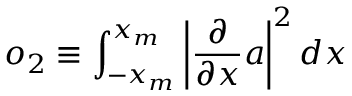
o _ { 2 } \equiv \int _ { - x _ { m } } ^ { x _ { m } } \left| \frac { \partial } { \partial x } a \right| ^ { 2 } d x